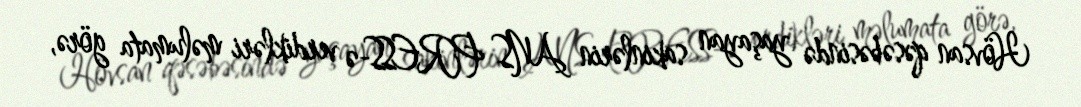
Hövsan qəsəbəsində yaşayan sakinlərin ANS PRESS-ə verdikləri məlumata görə,